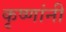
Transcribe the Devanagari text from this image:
कृष्णांनी